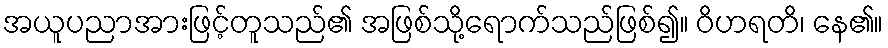
အယူပညာအားဖြင့်တူသည်၏ အဖြစ်သို့ရောက်သည်ဖြစ်၍။ ဝိဟရတိ၊ နေ၏။